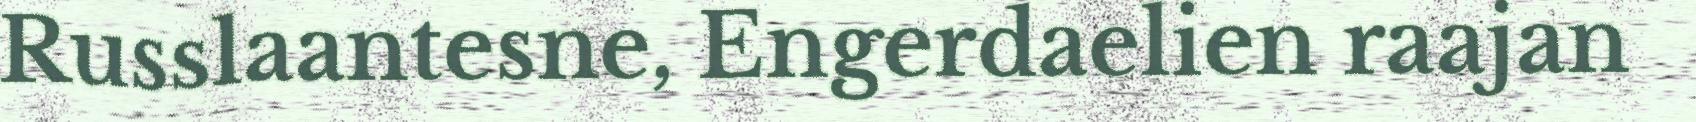
Russlaantesne, Engerdaelien raajan